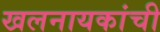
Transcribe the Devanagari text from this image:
खलनायकांची